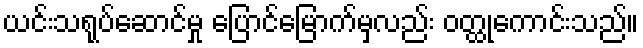
ယင်းသရုပ်ဆောင်မှု ပြောင်မြောက်မှလည်း ဝတ္ထုကောင်းသည်။